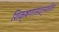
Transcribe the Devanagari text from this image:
शिक्षणासंदर्भातील